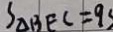
S _ { \Delta B E C } = 9 s